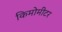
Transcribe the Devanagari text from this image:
किमोमीटर